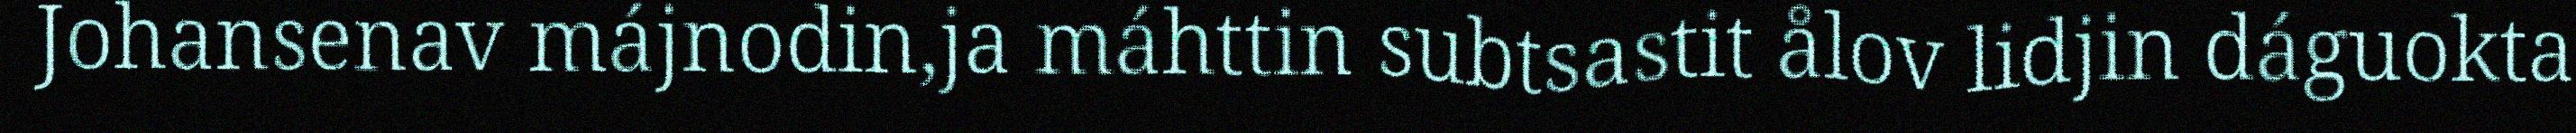
Johansenav májnodin,ja máhttin subtsastit ålov lidjin dáguokta